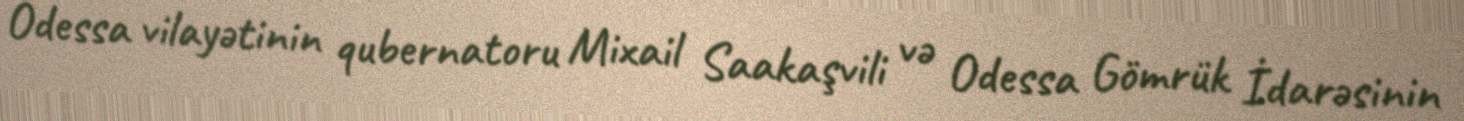
Odessa vilayətinin qubernatoru Mixail Saakaşvili və Odessa Gömrük İdarəsinin